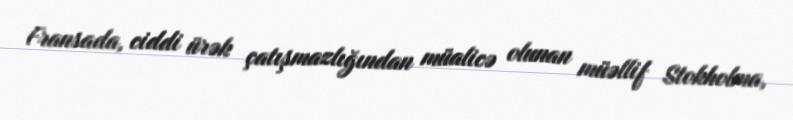
Fransada, ciddi ürək çatışmazlığından müalicə olunan müəllif Stokholma,